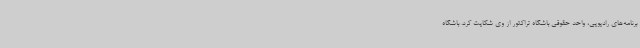
برنامه‌های رادیویی، واحد حقوقی باشگاه تراکتور از وی شکایت کرد. باشگاه